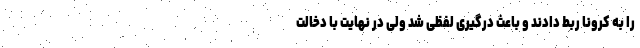
را به کرونا ربط دادند و باعث درگیری لفظی شد ولی در نهایت با دخالت